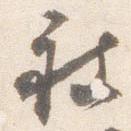
被